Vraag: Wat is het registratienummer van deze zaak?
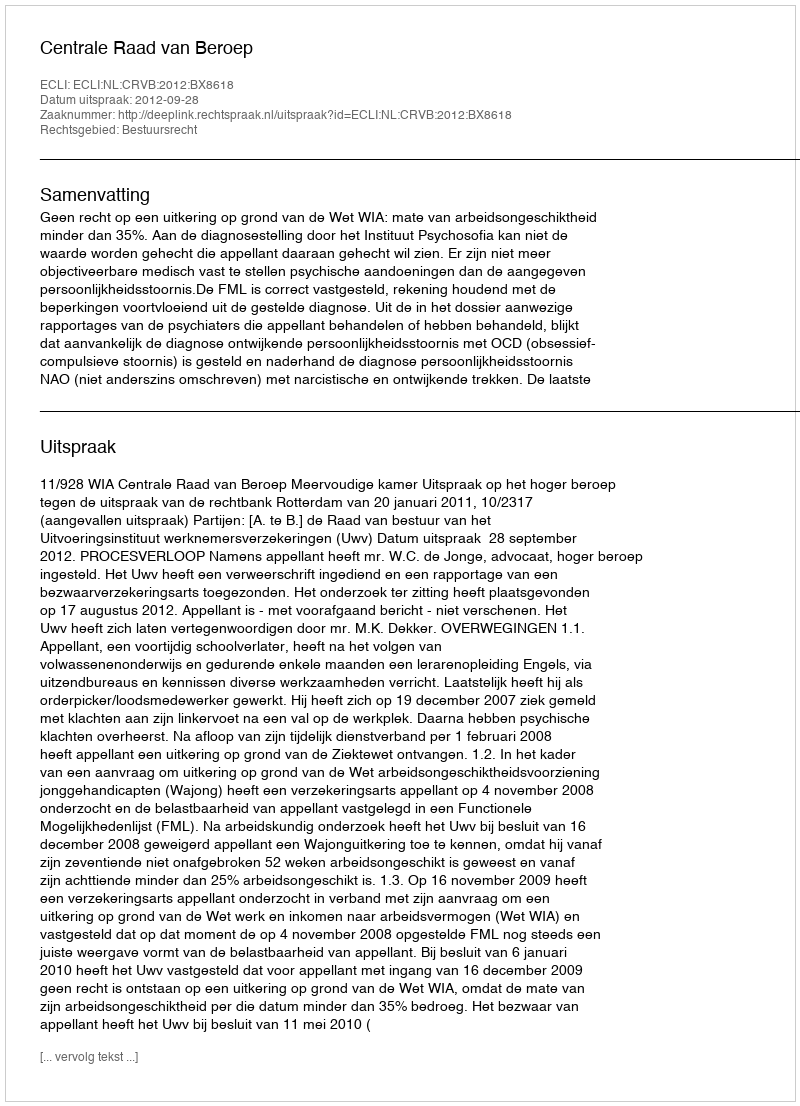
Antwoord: http://deeplink.rechtspraak.nl/uitspraak?id=ECLI:NL:CRVB:2012:BX8618